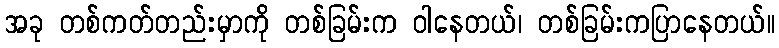
အခု တစ်ကတ်တည်းမှာကို တစ်ခြမ်းက ဝါနေတယ်၊ တစ်ခြမ်းကပြာနေတယ်။